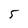
Character: 5